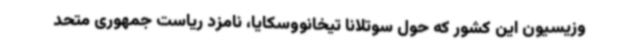
وزیسیون این کشور که حول سوتلانا تیخانووسکایا، نامزد ریاست جمهوری متحد